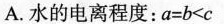
A.水的电离程度：$$a = b < c$$